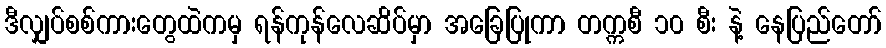
ဒီလျှပ်စစ်ကားတွေထဲကမှ ရန်ကုန်လေဆိပ်မှာ အခြေပြုကာ တက္ကစီ ၁၀ စီး နဲ့ နေပြည်တော်